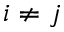
i \neq j